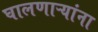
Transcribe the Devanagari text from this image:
घालणाऱ्यांना